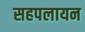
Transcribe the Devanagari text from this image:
सहपलायन